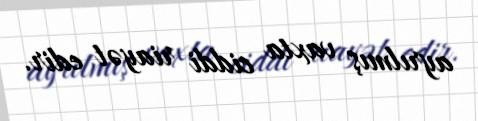
ayrılmış vaxta ciddi riayət edir.